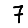
Digit: 7